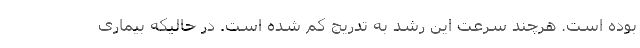
بوده است. هرچند سرعت این رشد به تدریج کم شده است. در حالیکه بیماری